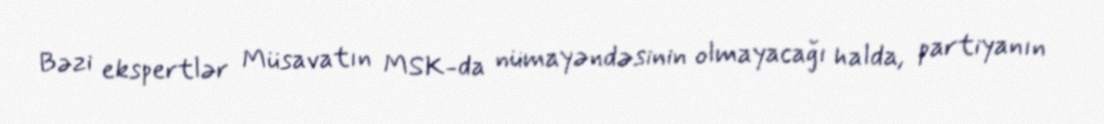
Bəzi ekspertlər Müsavatın MSK-da nümayəndəsinin olmayacağı halda, partiyanın